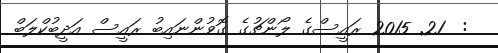
:  21